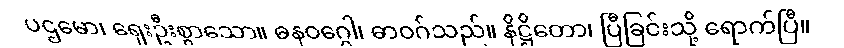
ပဌမော၊ ရှေးဦးစွာသော။ ဓနဝဂ္ဂေါ၊ ဓာဝဂ်သည်။ နိဋ္ဌိတော၊ ပြီခြင်းသို့ ရောက်ပြီ။